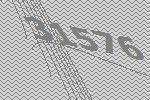
31576